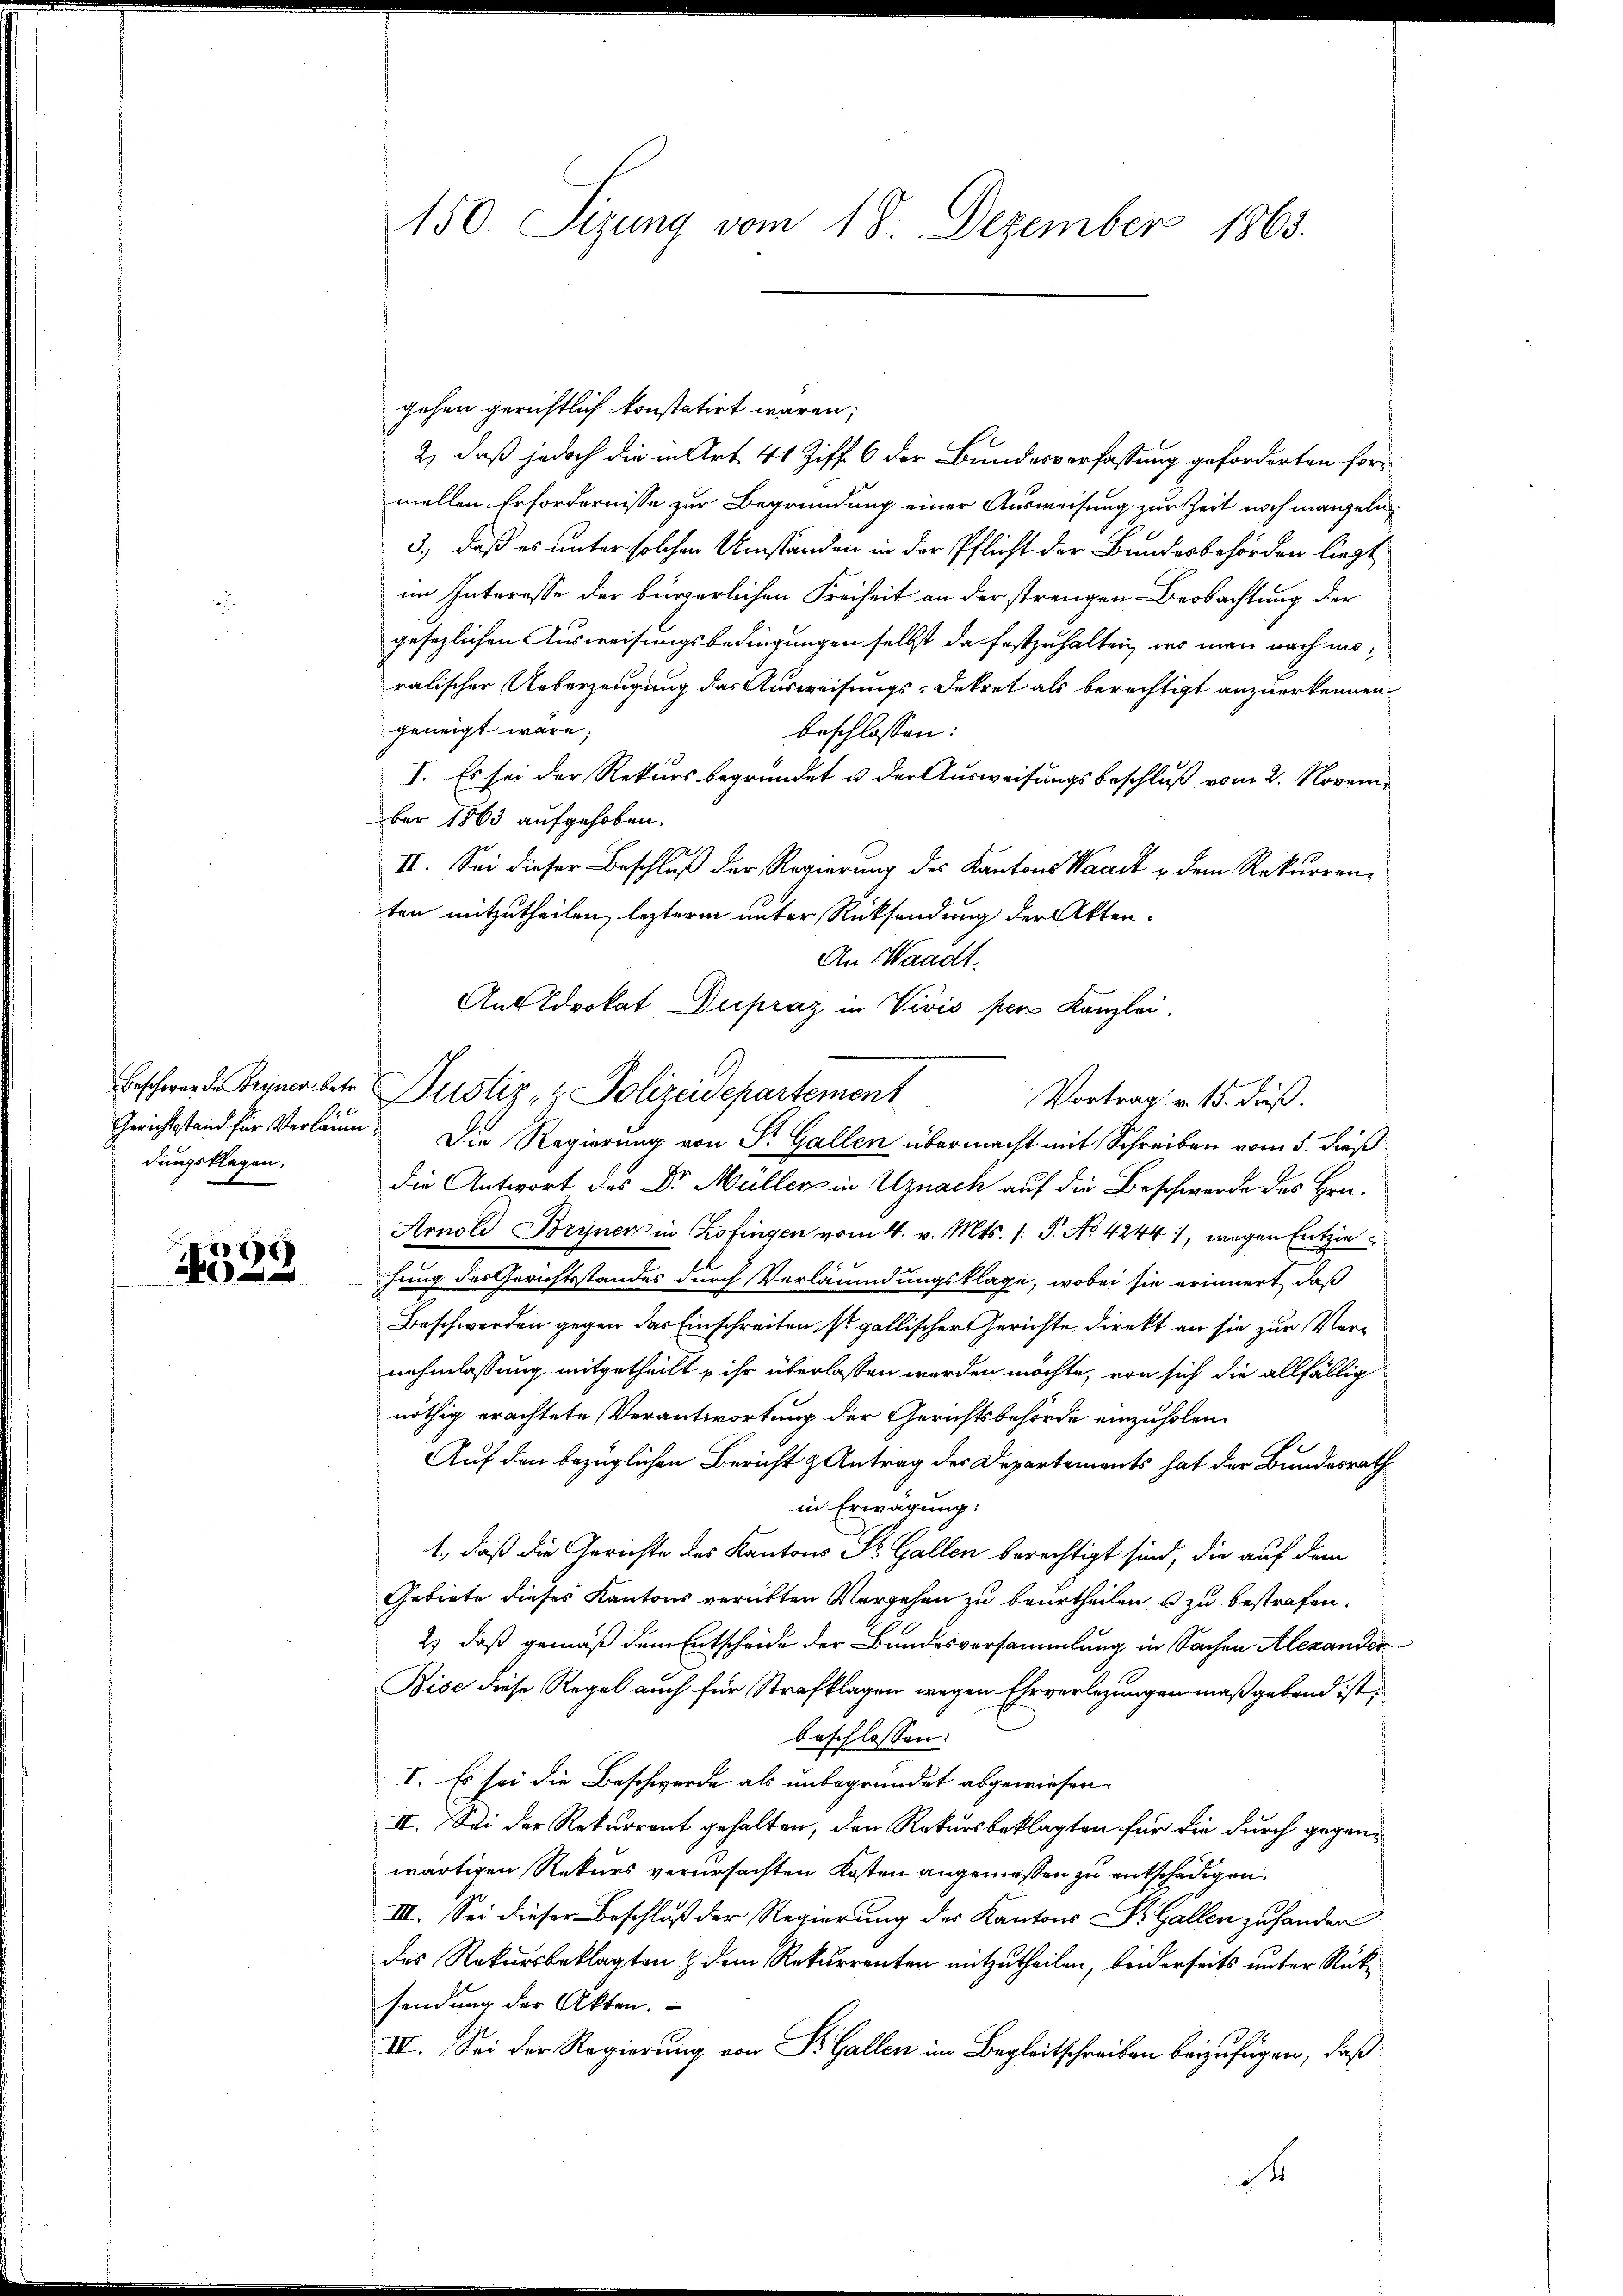
dungsklagen.

x
x

150. Sizung vom 18. Dezember 1865.

gehen gerichtlich konstatirt waren;
2) daß jedoch die in Art. 41 Ziff. 6 der Bundesverfassung geforderten formellen Erfordernisse zur Begründung einer Ausweisung zur Zeit noch mangeln,
3., daß es unter solchen Umständen in der Pflicht der Bundesbehörden liegt
im Interesse der bürgerlichen Freiheit an der strengen Beobachtung der
gesezlichen Ausweisungsbedingungen selbst da festzuhalten, wo man nach moralischer Ueberzeugung das Ausweisungs-Dekret als berechtigt anzuerkennen.
geneigt wäre;
beschlossen:
I. Es sei der Rekurs begründet u der Ausweisungsbeschluß vom 2. November 1863 aufgehoben.
II. Sei dieser Beschluß der Regierung des Kantons Waadt u dem Rekurrenten mitzutheilen, lezterm unter Rücksendung der Akten.
Gerichtstand für Verläum. Die Regierung von Sr. Gallen übermacht mit Schreiben vom 5. dieß
die Antwort des Dr. Müller in Uznach auf die Beschwerde des Hrn.
Arnold Bryner in Zofingen vom 4. v. Mts. /: P. No 42441, wegen Entzie
hung des Gerichtsstandes durch Verläumdungsklage, wobei sie erinnert, daß
Beschwerden gegen das Einschreiten ist gallischer Gerichte direkt an sie zur Vernehmlassung mitgetheilt u ihr überlassen werden möchte, von sich die allfällig
nöthig erachtete Verantwortung der Gerichtsbehörde einzuholen.
Auf den bezüglichen Bericht & Antrag des Departements hat der Bundesrath
in Erwägung:
1., daß die Gerichte des Kantons St. Gallen berechtigt sind, die auf dem
Gebiete dieses Kantons verübten Vergehen zu beurtheilen u zu bestrafen.
2) daß gemäß dem Entscheide der Bundesversammlung in Sachen Alexander
Bise diese Regal auch für Strafklagen wegen Ehrverlegungen maßgeband ist,
beschlossen:
I. Es sei die Beschwerde als unbegründet abgewiesen.
II. Sei der Rekurrent gehalten, den Rekursbeklagten für die durch gegenwärtigen Rekurs verursachten Kosten angemessen zu entschädigen.
III. Sei dieser Beschluß der Regierung des Kantons Dr. Gallen zuhander
des Rekursbeklagten & dem Rekurrenten mitzutheilen, beiderseits unter Rüksendung der Akten.
IV. Sei der Regierung von Dr. Gallen im Begleitschreiben beizufügen, daß
d

Beschwerde Bryner betr. Justiz- & Polizeidepartement

An Waadt.
Ant Advokat Dupraz in Vivis pers Kanzlei.
Vortrag v. 15. dieß.